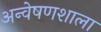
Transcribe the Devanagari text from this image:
अन्वेषणशाला